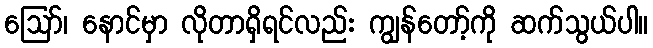
ဪ၊ နောင်မှာ လိုတာရှိရင်လည်း ကျွန်တော့်ကို ဆက်သွယ်ပါ။